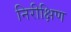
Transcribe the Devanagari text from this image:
निरीक्षिण